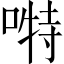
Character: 𭉪